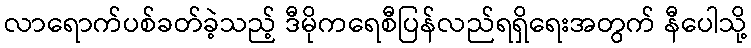
လာရောက်ပစ်ခတ်ခဲ့သည့် ဒီမိုကရေစီပြန်လည်ရရှိရေးအတွက် နီပေါသို့